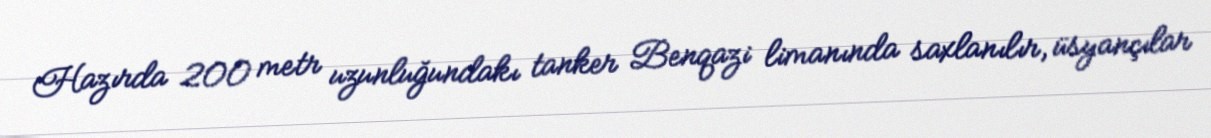
Hazırda 200 metr uzunluğundakı tanker Benqazi limanında saxlanılır, üsyançılar